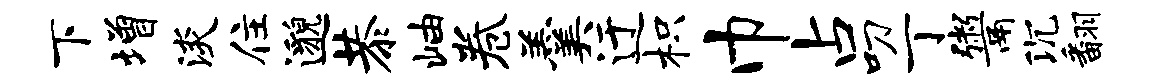
下增淡住邈恭岫卷羹迂枳巾占叨丁鬻沉翻